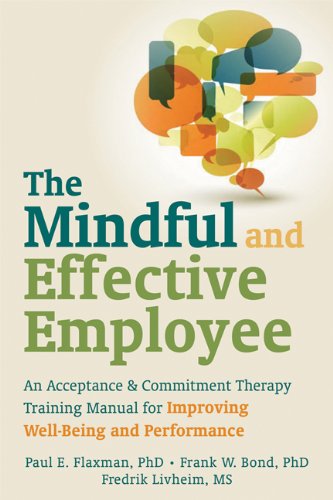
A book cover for The Mindful and Effective Employee: An Acceptance and Commitment Therapy Training Manual for Improving Well-Being and Performance; Paul E. Flaxman PhD; Health, Fitness & Dieting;